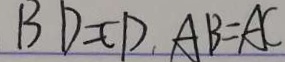
B D = C D , A B = A C